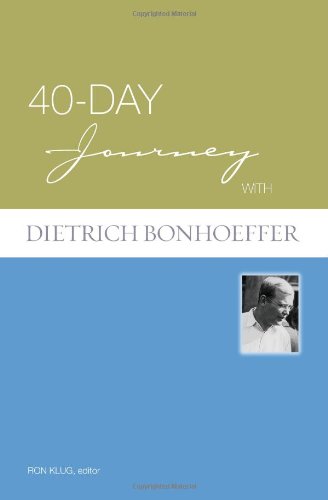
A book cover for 40-Day Journey with Dietrich Bonhoeffer; Ron Klug; Christian Books & Bibles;